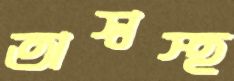
অস্বস্হ